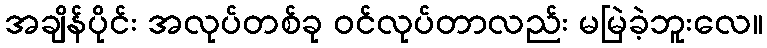
အချိန်ပိုင်း အလုပ်တစ်ခု ဝင်လုပ်တာလည်း မမြဲခဲ့ဘူးလေ။